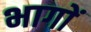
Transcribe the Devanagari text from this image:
भागाें